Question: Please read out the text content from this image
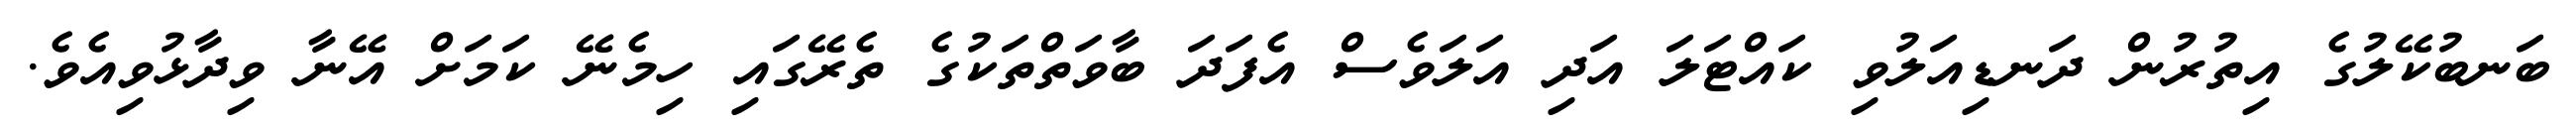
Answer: ބަނބުކޭލުގެ އިތުރުން ދަނޑިއަލުވި ކައްޓަލަ އަދި އަލަވެސް އެފަދަ ބާވަތްތަކުގެ ތެރޭގައި ހިމެނޭ ކަމަށް އޭނާ ވިދާޅުވިއެވެ.